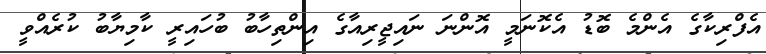
އެފްރިކާގެ އެންމެ ބޮޑު އެކޮނަމީ އޮންނަ ނައިޖީރިއާގެ އިންތިހާބު ބުހައިރީ ކާމިޔާބު ކުރެއްވީ